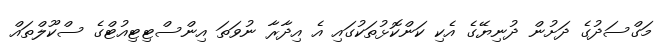
މަގްސަދުގެ ދަށުން ދުނިޔޭގެ އެކި ކަންކޮޅުތަކުގައި އެ އިދާރާ ނުވަތަ އިންސްޓިޓިއުޓްގެ ސްކޫލްތައް